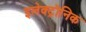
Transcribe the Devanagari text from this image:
इलेक्ट्रॊनिक